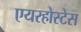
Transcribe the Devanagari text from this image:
एयरहोस्टेस